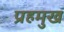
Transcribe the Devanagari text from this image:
प्रहमुख